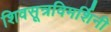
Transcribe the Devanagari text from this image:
शिवसूत्रविमर्शिनी